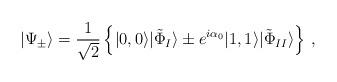
LaTeX: \begin{align*}| \Psi_{\pm} \rangle = \frac{1}{\sqrt{2}} \left\{ |0,0\rangle|\tilde{\Phi}_{I} \rangle\pm e^{i\alpha_0 } |1,1\rangle |\tilde{\Phi}_{II} \rangle \right\} \, ,\end{align*}